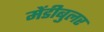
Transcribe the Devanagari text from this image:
मेंडीबुलर